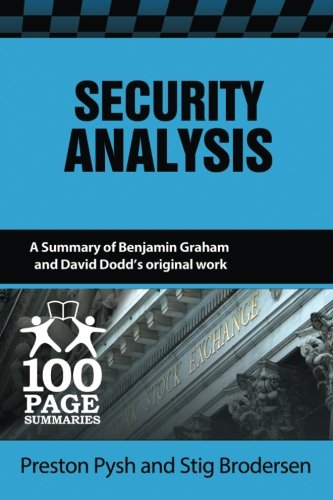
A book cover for Security Analysis (100 Page Summaries); Preston Pysh; Business & Money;